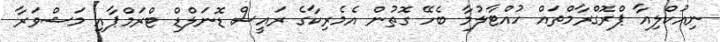
ނިއުކްލިއާ ޕްރޮގްރާމްތައް ހުއްޓާލުމާ ބެހޭ ގޮތުން އެމެރިކާގެ ރައީސް ޑޮނަލްޑް ޓްރަމްޕާއި މަޝްވަރާ